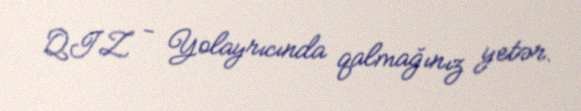
QIZ - Yolayrıcında qalmağınız yetər.